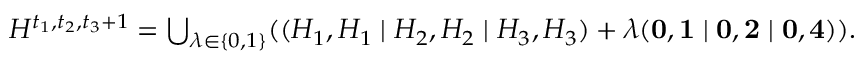
\begin{array} { r } { { \cal { H } } ^ { t _ { 1 } , t _ { 2 } , t _ { 3 } + 1 } = \bigcup _ { \lambda \in \{ 0 , 1 \} } ( ( { \cal { H } } _ { 1 } , { \cal { H } } _ { 1 } \mid { \cal { H } } _ { 2 } , { \cal { H } } _ { 2 } \mid { \cal { H } } _ { 3 } , { \cal { H } } _ { 3 } ) + \lambda ( { \mathbf { 0 } } , { \mathbf { 1 } } \mid { \mathbf { 0 } } , { \mathbf { 2 } } \mid { \mathbf { 0 } } , { \mathbf { 4 } } ) ) . } \end{array}